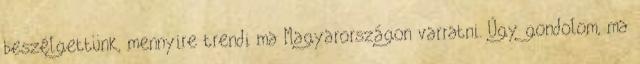
beszélgettünk, mennyire trendi ma Magyarországon varratni. Úgy gondolom, ma